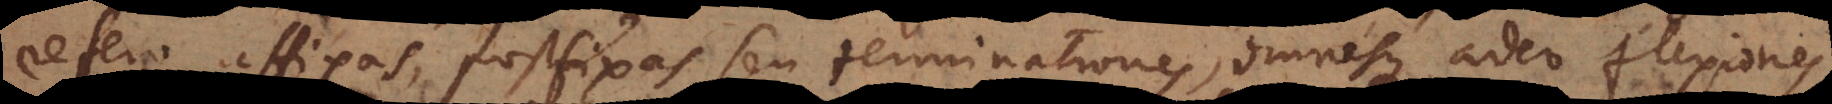
refero affixas, postfixas seu terminationes, omnesque adeo flexiones